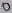
Text: 0